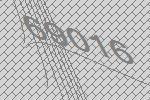
69016